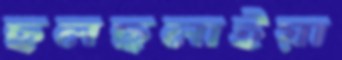
ছলছলাইয়া